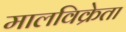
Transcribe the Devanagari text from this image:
मालविक्रेता